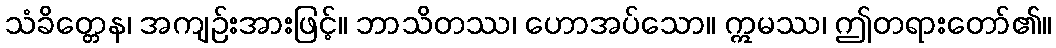
သံခိတ္တေန၊ အကျဉ်းအားဖြင့်။ ဘာသိတဿ၊ ဟောအပ်သော။ ဣမဿ၊ ဤတရားတော်၏။